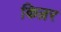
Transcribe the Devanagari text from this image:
किन्रर